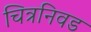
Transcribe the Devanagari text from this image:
चित्रनिवड